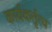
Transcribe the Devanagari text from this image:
कार्यकर्तृत्व